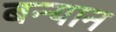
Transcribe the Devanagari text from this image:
बन्यान